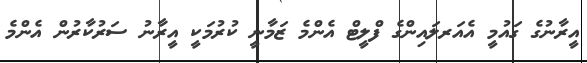
އީރާނުގެ ގައުމީ އެއަރލައިންގެ ފްލީޓް އެންމެ ޒަމާނީ ކުރުމަކީ އީރާނު ސަރުކާރުން އެންމެ